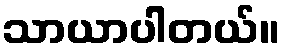
သာယာပါတယ်။